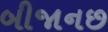
બીજાનછ